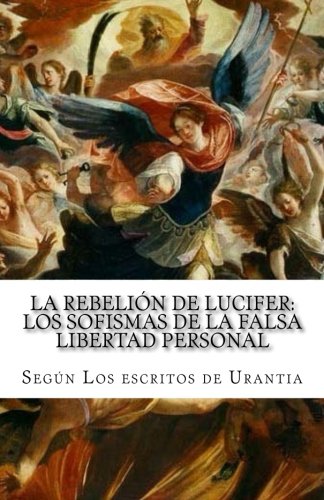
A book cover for La rebeliÃ³n de Lucifer: Los sofismas de la falsa libertad personal: SegÃºn Los escritos de Urantia (Temas de El libro de Urantia) (Volume 2) (Spanish Edition); ÃEngel F. SÃ¡nchez-Escobar; Religion & Spirituality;